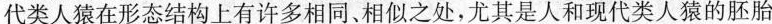
代类人猿在形态结构上有许多相同、相似之处，尤其是人和现代类人猿的胚胎